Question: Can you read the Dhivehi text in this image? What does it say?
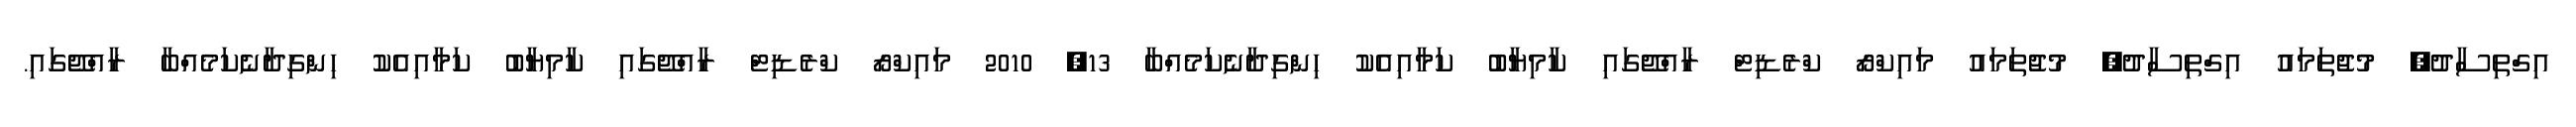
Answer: އިގްތިސާދު, މުޖުތަމައު އިގްތިސާދު, މުޖުތަމައު މައިކްރޯ ކްރެޑިޓް ރާއްޖޭގައި ކާމިޔާބު ކަމާއިއެކު ހިންގިދާނެކަމެއްބާ 13, 2010 މައިކްރޯ ކްރެޑިޓް ރާއްޖޭގައި ކާމިޔާބު ކަމާއިއެކު ހިންގިދާނެކަމެއްބާ ރާއްޖޭގައި.